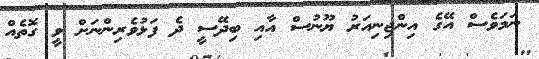
ނަމަވެސް އޭގެ އިންޖިނިއަރު ޔޫނުސް އާއި ބިދޭސީ ދެ ފަޅުވެރިންނަށް ވީ ގޮތެއް